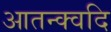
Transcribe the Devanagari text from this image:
आतन्क्वदि